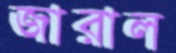
জারাল